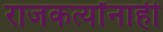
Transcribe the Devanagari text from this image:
राजकर्त्यांनाही